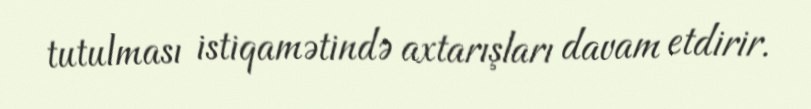
tutulması istiqamətində axtarışları davam etdirir.